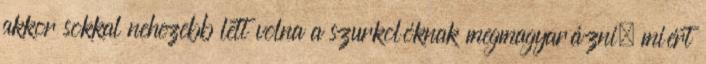
akkor sokkal nehezebb lett volna a szurkolóknak megmagyarázni, miért